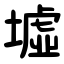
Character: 墟